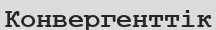
Конвергенттік